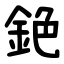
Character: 銫